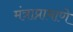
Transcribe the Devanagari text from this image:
मंत्राप्रामाणे